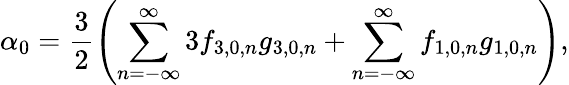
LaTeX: \alpha_{0}=\displaystyle\frac{3}{2}\left(\displaystyle\sum_{n=-\infty}^{\infty}{3f_{3,0,n}g_{3,0,n}}+\sum_{n=-\infty}^{\infty}{f_{1,0,n}g_{1,0,n}}\right),